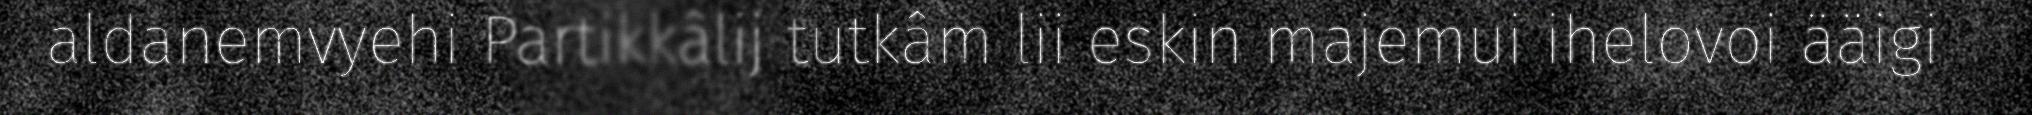
aldanemvyehi Partikkâlij tutkâm lii eskin majemui ihelovoi ääigi